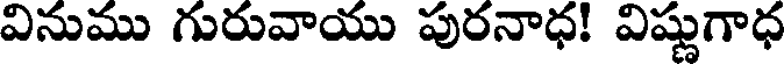
వినుము గురువాయు పురనాధ! విష్ణుగాధ